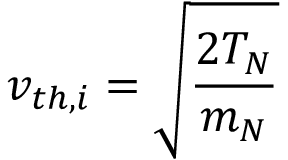
v _ { t h , i } = \sqrt { \frac { 2 T _ { N } } { m _ { N } } }